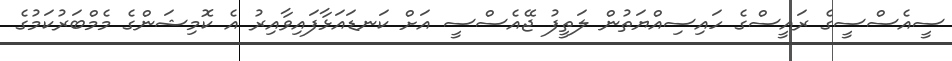
ސީއެސްސީގެ ރައީސްގެ ހައިސިއްޔަތުން ލަތީފު ޖޭއެސްސީ އަށް ކަނޑައަޅާފައިވާއިރު އެ ކޮމިޝަންގެ މެމްބަރުކަމުގެ